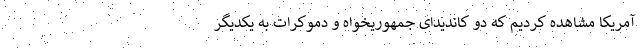
آمریکا مشاهده کردیم که دو کاندیدای جمهوریخواه و دموکرات به یکدیگر